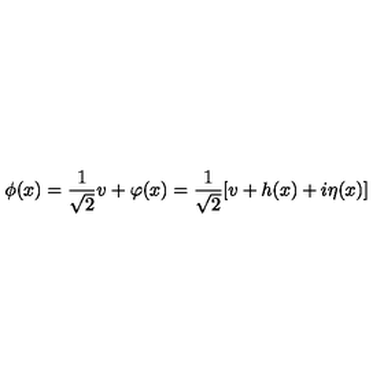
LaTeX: \phi ( x ) = { \frac { 1 } { \sqrt 2 } } v + \varphi ( x ) = { \frac { 1 } { \sqrt 2 } } [ v + h ( x ) + i \eta ( x ) ]